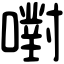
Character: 嚉